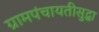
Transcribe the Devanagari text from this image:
ग्रामपंचायतीसुद्धा